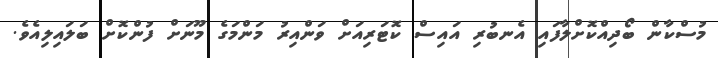
މުސްކާން ބޯދިއްކޮށްލާފައި އެނބުރި އައިސް ކޮޓަރިއަށް ވަންއިރު މަންމަގެ މޫނަށް ފުންކޮށް ބަލައިލިއެވެ.